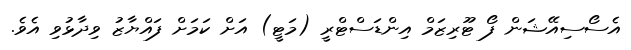
އެސޯސިއޭޝަން ފޯ ޓޫރިޒަމް އިންޑަސްޓްރީ (މަޓީ) އަށް ކަމަށް ފައްޔާޒު ވިދާޅުވި އެވެ.